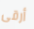
أرقى